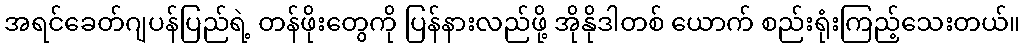
အရင်ခေတ်ဂျပန်ပြည်ရဲ့ တန်ဖိုးတွေကို ပြန်နားလည်ဖို့ အိုနိုဒါတစ် ယောက် စည်းရုံးကြည့်သေးတယ်။